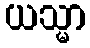
ယသ္မာ